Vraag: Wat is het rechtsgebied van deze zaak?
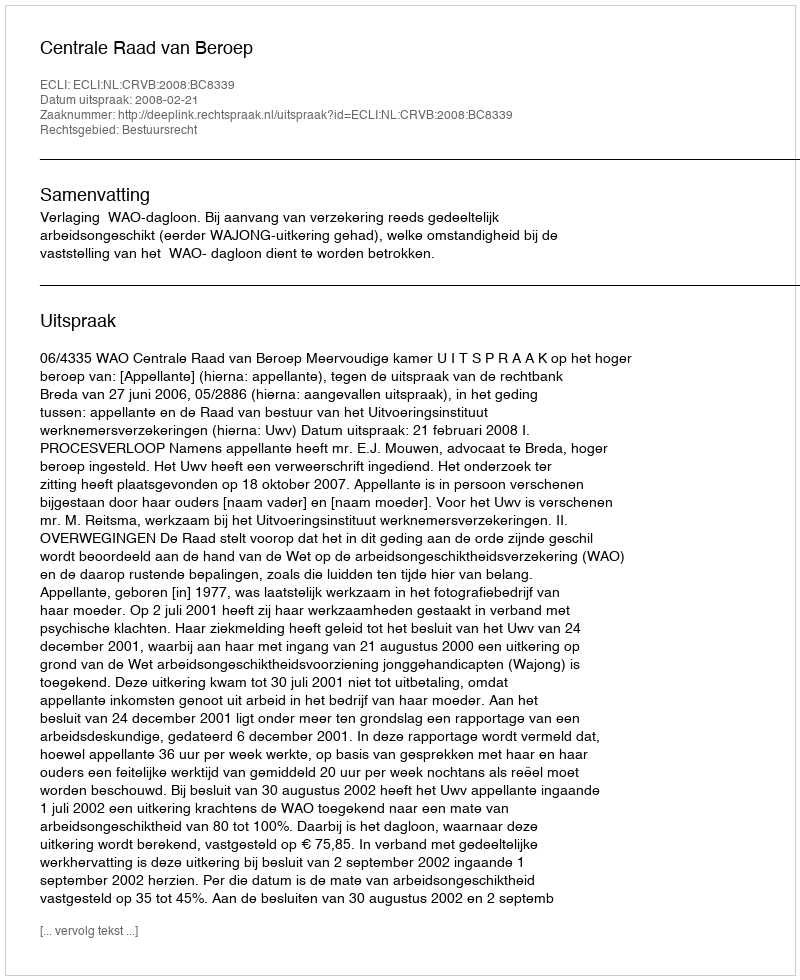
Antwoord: Bestuursrecht